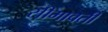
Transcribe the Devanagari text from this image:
सीमावती